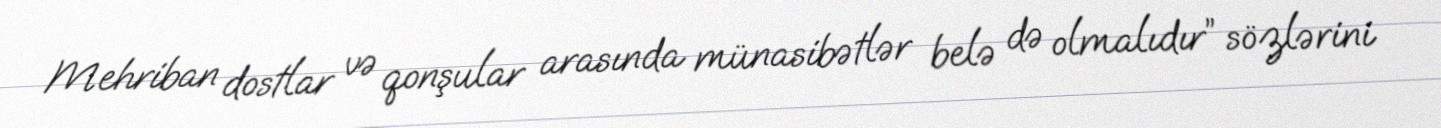
Mehriban dostlar və qonşular arasında münasibətlər belə də olmalıdır” sözlərini